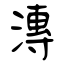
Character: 漙